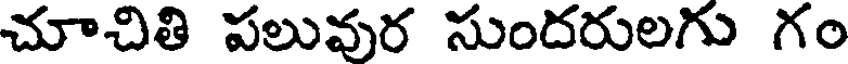
చూచితి పలువుర సుందరులగు గం